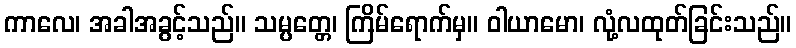
ကာလေ၊ အခါအခွင့်သည်။ သမ္ပတ္တေ၊ ကြိမ်ရောက်မှ။ ဝါယာမော၊ လုံ့လထုတ်ခြင်းသည်။